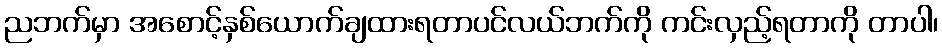
ညဘက်မှာ အစောင့်နှစ်ယောက်ချထားရတာပင်လယ်ဘက်ကို ကင်းလှည့်ရတာကို တာပါ၊